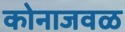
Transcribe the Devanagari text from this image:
कोनाजवळ